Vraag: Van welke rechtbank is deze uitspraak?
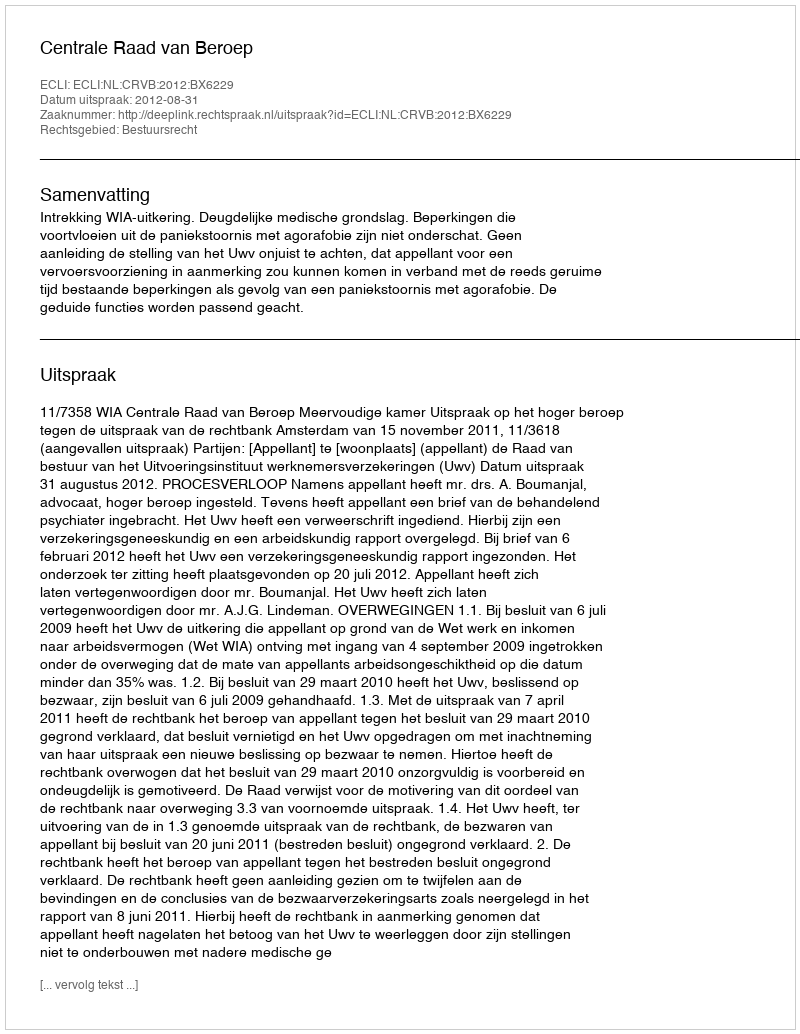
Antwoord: Centrale Raad van Beroep